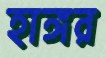
হাঙ্গর